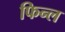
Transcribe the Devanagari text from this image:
फिन्ल